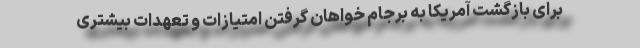
برای بازگشت آمریکا به برجام خواهان گرفتن امتیازات و تعهدات بیشتری